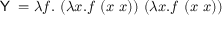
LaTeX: { \textsf { Y } } = \lambda f . \ ( \lambda x . f \ ( x \ x ) ) \ ( \lambda x . f \ ( x \ x ) )